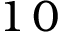
1 \, 0